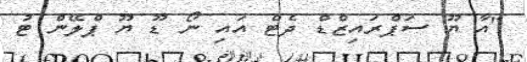
"އާ ޔޫ ސަޕްރައިޒްޑް ދެޓް އައި ނޯ ޑޫ ޔޫ ޕްލޭން ޓު